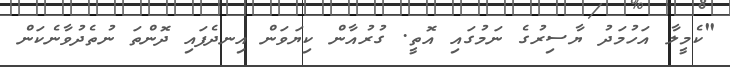
"ކެމީލާ އަހުމަދު ޔާސިރުގެ ނަމުގައި އޮތީ. ގުރުއާން ކިޔަވަން އިނދެފައި ދޮންތަ ނުތެދުވާނެކަން